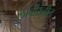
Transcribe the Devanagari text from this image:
लांबीरुंदीत